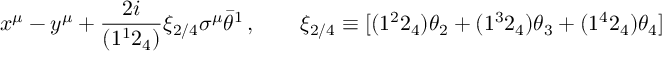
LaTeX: x ^ { \mu } - y ^ { \mu } + \frac { 2 i } { ( 1 ^ { 1 } 2 _ { 4 } ) } \xi _ { 2 / 4 } \sigma ^ { \mu } \bar { \theta } ^ { 1 } \, , \qquad \xi _ { 2 / 4 } \equiv [ ( 1 ^ { 2 } 2 _ { 4 } ) \theta _ { 2 } + ( 1 ^ { 3 } 2 _ { 4 } ) \theta _ { 3 } + ( 1 ^ { 4 } 2 _ { 4 } ) \theta _ { 4 } ]